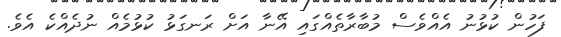
ފަހުން ކުޅުނު އެއްވެސް މުބާރާތެއްގައި އޭނާ އަށް ރަނގަޅު ކުޅުމެއް ނުދެއްކެ އެވެ.